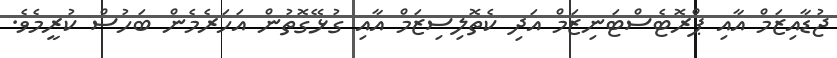
ޖުޑާއިޒަމް އާއި ޕްރޮޓެސްޓަނިޒަމް އަދި ކެތޮލިސިޒަމް އާއި ގުޅޭގޮތުން އަހަރެމެން ބަހުސް ކުރީމެވެ.